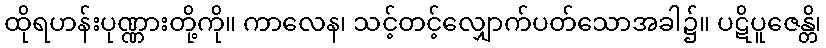
ထိုရဟန်းပုဏ္ဏားတို့ကို။ ကာလေန၊ သင့်တင့်လျှောက်ပတ်သောအခါ၌။ ပဋိပူဇေန္တိ၊